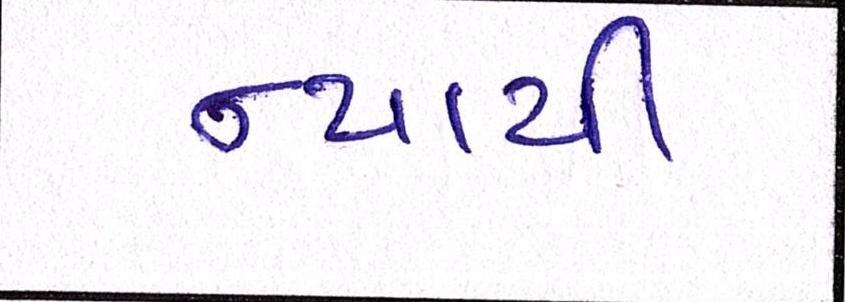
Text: ન્યાયી